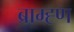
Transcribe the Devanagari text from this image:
ब्राम्ह्ण